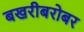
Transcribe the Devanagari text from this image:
बखरीबरोबर